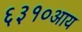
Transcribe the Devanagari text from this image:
६३१०आय